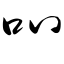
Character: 叭